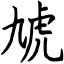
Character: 虓